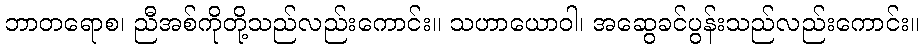
ဘာတရောစ၊ ညီအစ်ကိုတို့သည်လည်းကောင်း။ သဟာယောဝါ၊ အဆွေခင်ပွန်းသည်လည်းကောင်း။